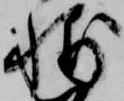
輔